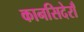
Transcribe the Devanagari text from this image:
कानसिदेराँ